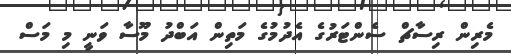
މެރިން ރިސާޗް ސެންޓަރުގެ އެދުމުގެ މަތިން އަބްދު މޫސާ ވަނީ މި މަސް